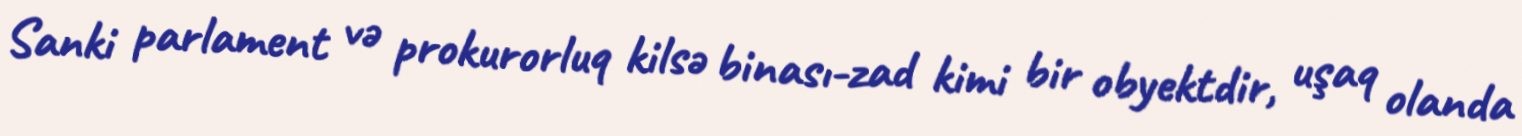
Sanki parlament və prokurorluq kilsə binası-zad kimi bir obyektdir, uşaq olanda